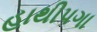
હાથીપગા